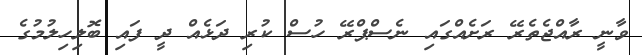
ވާނީ ރާއްޖެތެރޭ ރަށެއްގައި ނެސްޕްރޭ ހުސް ކުރި ދަޅެއް ދީ ފައި ބޮލިހިލުމުގެ